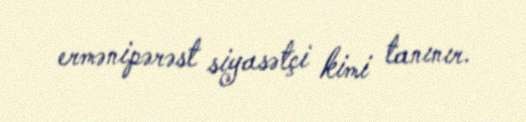
ermənipərəst siyasətçi kimi tanınır.